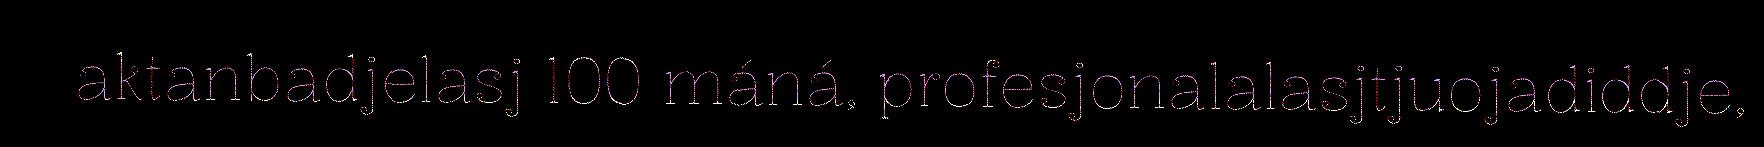
aktanbadjelasj 100 máná, profesjonalalasjtjuojadiddje,